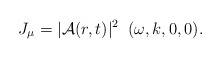
\begin{align*}J_\mu = | {\cal A}(r,t) |^2 \;\; ( \omega, k, 0,0 ).\end{align*}